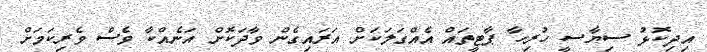
އިދިކޮޅު ސިޔާސީ ހުރިހާ ޕާޓީތައް އެއްގަލަކަށް އަރައިގެން ވާދަކޮށް އަނެއްކާ ވެސް ވެރިކަމަށް